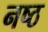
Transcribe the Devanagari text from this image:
नष्ठ